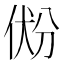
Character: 𰂐